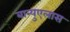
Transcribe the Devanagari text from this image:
बान्युएलास